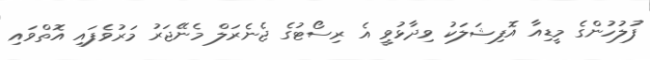
ފުލުހުންގެ މީޑިއާ އޮފިޝަލަކު ވިދާޅުވީ އެ ރިސޯޓުގެ ޖެނެރަލް މެނޭޖަރު މަރުވެފައި އޮތްވައި